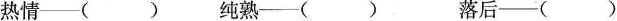
热情—( ) 纯熟—( ) 落后—( )